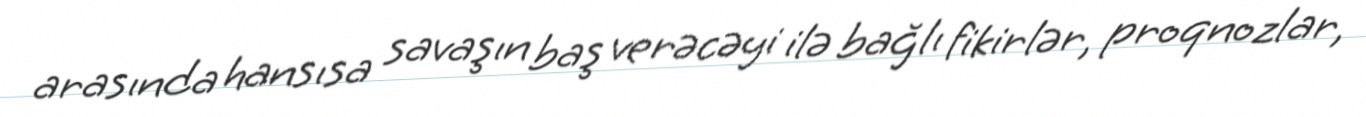
arasında hansısa savaşın baş verəcəyi ilə bağlı fikirlər, proqnozlar,